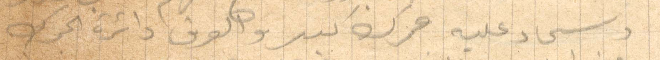
وسجاد عليه جمرك كبير والفرق دائرة الجمرك